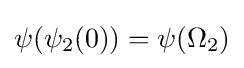
\psi (\psi _{2}(0))=\psi (\Omega _{2})